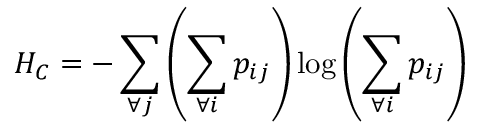
H _ { C } = - \sum _ { \forall j } \left( \sum _ { \forall i } p _ { i j } \right) \log \left( \sum _ { \forall i } p _ { i j } \right)